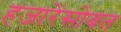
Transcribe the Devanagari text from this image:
हजारेंसोबत